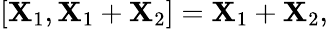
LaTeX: [\mathbf{X}_{1},\mathbf{X}_{1}+\mathbf{X}_{2}]=\mathbf{X}_{1}+\mathbf{X}_{2},